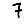
Digit: 7